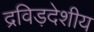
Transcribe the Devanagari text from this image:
द्रविड़देशीय